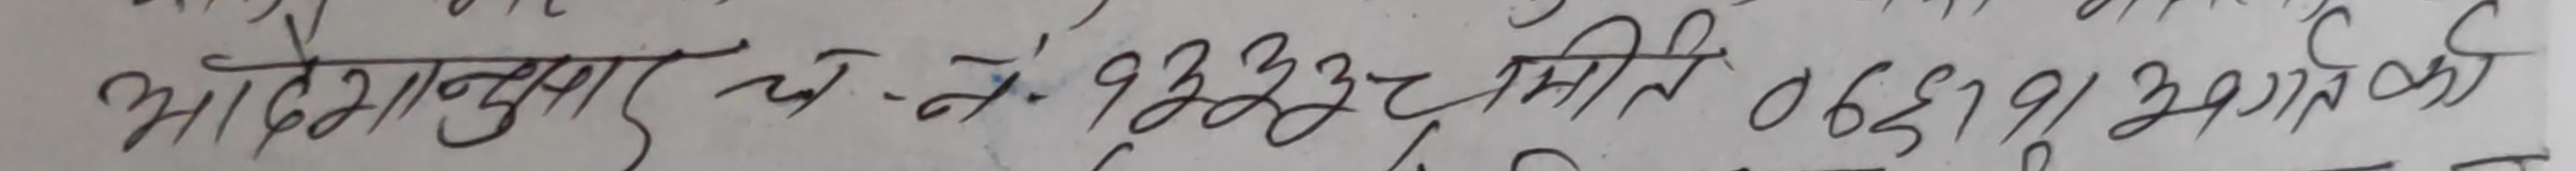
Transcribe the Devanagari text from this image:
अङ्क १ नुसार च-नं. ९३३२ मिति ०६३।१२।२१ गतेको